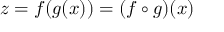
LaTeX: z = f ( g ( x ) ) = ( f \circ g ) ( x )